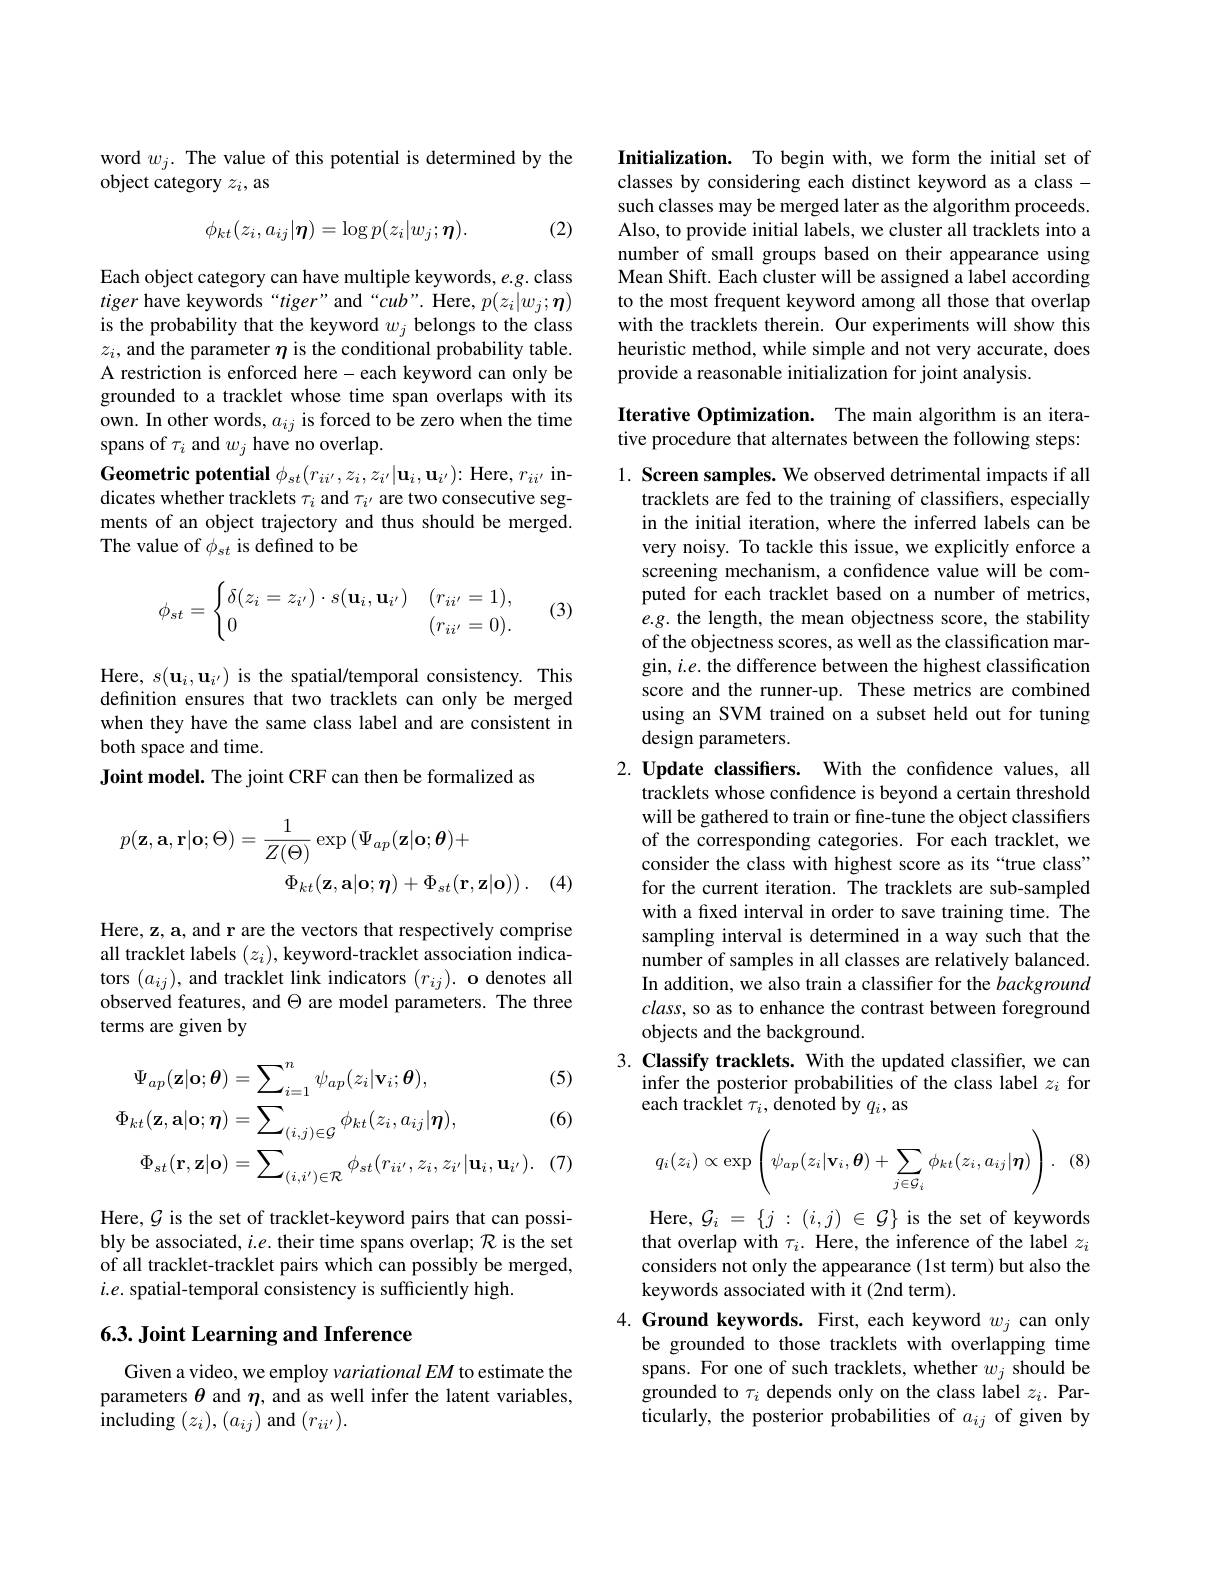
word $w_{j}.$ The value of this potential is determined by the
object category $z_i$, as

(2)
$$\phi_{kt}(z_{i},a_{ij}|\boldsymbol{\eta})=\log p(z_{i}|w_{j};\boldsymbol{\eta}).$$
Each object category can have multiple keywords, e.g. class tiger have keywords“tiger” and“cub”. Here, $p(z_i|w_j;\boldsymbol{\eta})$ is the probability that the keyword $w_j$ belongs to the class $z_i$, and the parameter $\eta$ is the conditional probability table. A restriction is enforced here- each keyword can only be grounded to a tracklet whose time span overlaps with its own. In other words, $a_ij$ is forced to be zero when the time spans of $\tau_i$ and $w_j$ have no overlap.
Geometric potential $\phi_{st}(r_{ii^{\prime}},z_{i},z_{i^{\prime}}|\mathbf{u}_{i},\mathbf{u}_{i^{\prime}}){:}$ Here, $r_ii^{\prime}$ indicates whether tracklets $\tau_i$ and $\tau_i^{\prime}$ are two consecutive segments of an object trajectory and thus should be merged. The value of $\phi_{st}$ is defined to be
$$\phi_{st}=\begin{cases}\delta(z_i=z_{i'})\cdot s(\mathbf{u}_i,\mathbf{u}_{i'})&(r_{ii'}=1),\\0&(r_{ii'}=0).\end{cases}$$
(3)

Here, $s(\mathbf{u}_{i},\mathbf{u}_{i^{\prime}})$ is the spatial/temporal consistency. This definition ensures that two tracklets can only be merged when they have the same class label and are consistent in both space and time.
Joint model. The joint CRF can then be formalized as
$$\begin{aligned}p(\mathbf{z},\mathbf{a},\mathbf{r}|\mathbf{o};\Theta)&=\frac{1}{Z(\Theta)}\exp{(\Psi_{ap}(\mathbf{z}|\mathbf{o};\boldsymbol{\theta})+}\\&\Phi_{kt}(\mathbf{z},\mathbf{a}|\mathbf{o};\boldsymbol{\eta})+\Phi_{st}(\mathbf{r},\mathbf{z}|\mathbf{o}))\:.\end{aligned}$$
(4)

Here, z, a, and r are the vectors that respectively comprise all tracklet labels $(z_i)$, keyword-tracklet association indicators $(a_{ij})$,and tracklet link indicators $( r_{ij}) . \textbf{odenotes all}$ observed features, and $\Theta$ are model parameters. The three terms are given by

(5)
$$\begin{aligned}\Psi_{ap}(\mathbf{z}|\mathbf{o};\boldsymbol{\theta})&=\sum_{i=1}^{n}\psi_{ap}(z_{i}|\mathbf{v}_{i};\boldsymbol{\theta}),\\\Phi_{kt}(\mathbf{z},\mathbf{a}|\mathbf{o};\boldsymbol{\eta})&=\sum_{(i,j)\in\mathcal{G}}\phi_{kt}(z_{i},a_{ij}|\boldsymbol{\eta}),\\\Phi_{st}(\mathbf{r},\mathbf{z}|\mathbf{o})&=\sum_{(i,i^{\prime})\in\mathcal{R}}\phi_{st}(r_{ii^{\prime}},z_{i},z_{i^{\prime}}|\mathbf{u}_{i},\mathbf{u}_{i^{\prime}}).\end{aligned}$$
(6)

(7)

Here, $\mathcal{G}$ is the set of tracklet-keyword pairs that can possibly be associated, $i.e.$ their time spans overlap; $\mathcal{R}$ is the set of all tracklet-tracklet pairs which can possibly be merged, $i.e.$ spatial-temporal consistency is sufficiently high.

# 6.3. Joint Learning and Inference

Given a video, we employ variationalEM to estimate the parameters $\theta$ and $\eta$, and as well infer the latent variables, including $(z_i),(a_{ij})$ and $(r_{ii^{\prime}}).$

Initialization. To begin with, we form the initial set of classes by considering each distinct keyword as a classsuch classes may be merged later as the algorithm proceeds Also, to provide initial labels, we cluster all tracklets into a number of small groups based on their appearance using Mean Shift. Each cluster will be assigned a label according to the most frequent keyword among all those that overlap with the tracklets therein. Our experiments will show this heuristic method, while simple and not very accurate, does provide a reasonable initialization for joint analysis.

### Iterative Optimization. The main algorithm is an iterative procedure that alternates between the following steps:

1. Screen samples. We observed detrimental impacts if all
tracklets are fed to the training of classifiers, especially in the initial iteration, where the inferred labels can be very noisy. To tackle this issue, we explicitly enforce a screening mechanism, a confidence value will be computed for each tracklet based on a number of metrics, $e.g.$ the length, the mean objectness score, the stability of the objectness scores, as well as the classification margin, $i.e.$ the difference between the highest classification score and the runner-up. These metrics are combined using an SVM trained on a subset held out for tuning design parameters.

2. Update classifiers. With the confidence values, all
tracklets whose confidence is beyond a certain threshold will be gathered to train or fine-tune the object classifiers of the corresponding categories. For each tracklet, we consider the class with highest score as its “true class” for the current iteration. The tracklets are sub-sampled with a fixed interval in order to save training time. The sampling interval is determined in a way such that the number of samples in all classes are relatively balanced In addition, we also train a classifier for the background $class$, so as to enhance the contrast between foreground objects and the background.
3. Classify tracklets. With the updated classifier, we can
infer the posterior probabilities of the class label $z_i$ for
each tracklet $\tau_i$,denoted by $q_i$, as
$$q_i(z_i)\propto\exp\left(\psi_{ap}(z_i|\mathbf{v}_i,\boldsymbol\theta)+\sum_{j\in\mathcal{G}_i}\phi_{kt}(z_i,a_{ij}|\boldsymbol\eta)\right).$$
(8)

Here, $\mathcal{G}_i=\{j:(i,j)\in\mathcal{G}\}$ is the set of keywords that overlap with $\tau_i.$ Here, the inference of the label $z_i$ considers not only the appearance (1st term) but also the keywords associated with it (2nd term).

$4. \textbf{Ground keywords. First, each keyword}w_{j}$can only
be grounded to those tracklets with overlapping time spans. For one of such tracklets, whether $w_j$ should be grounded to $\tau_i$ depends only on the class label $z_i.$ Particularly, the posterior probabilities of $a_{ij}$ of given by